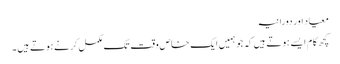
معیاد اور دورانیہ
کچھ کام ایسے ہوتے ہیں کہ جو ہمیں ایک خاص وقت تک مکمل کرنے ہوتے ہیں ۔